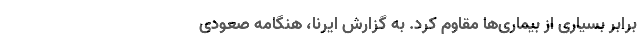
برابر بسیاری از بیماری‌ها مقاوم کرد. به گزارش ایرنا، هنگامه صعودی